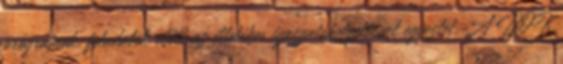
programok, feladatok előtt az illetékes igazgatóhelyettessel egyeztet. A DÖK